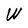
Character: W